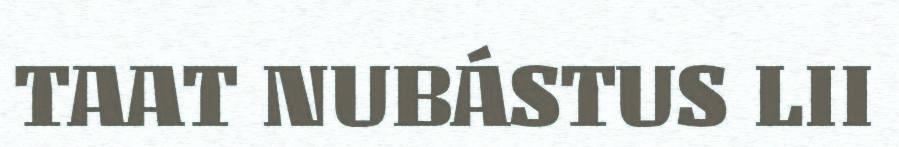
TAAT NUBÁSTUS LII